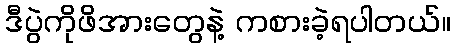
ဒီပွဲကိုဖိအားတွေနဲ့ ကစားခဲ့ရပါတယ်။